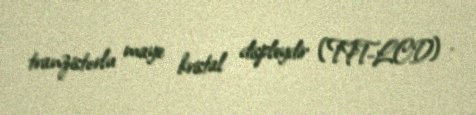
tranzistorlu maye kristal displeydir (TFT-LCD) .